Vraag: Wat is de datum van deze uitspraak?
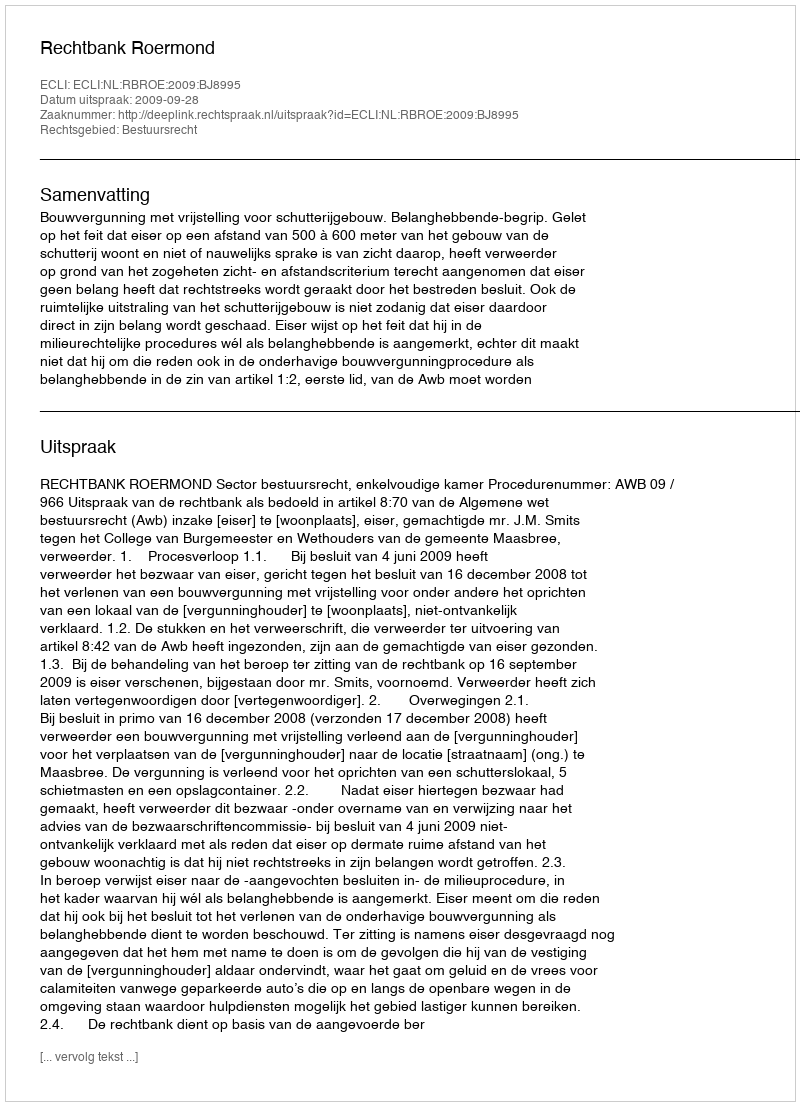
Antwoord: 2009-09-28